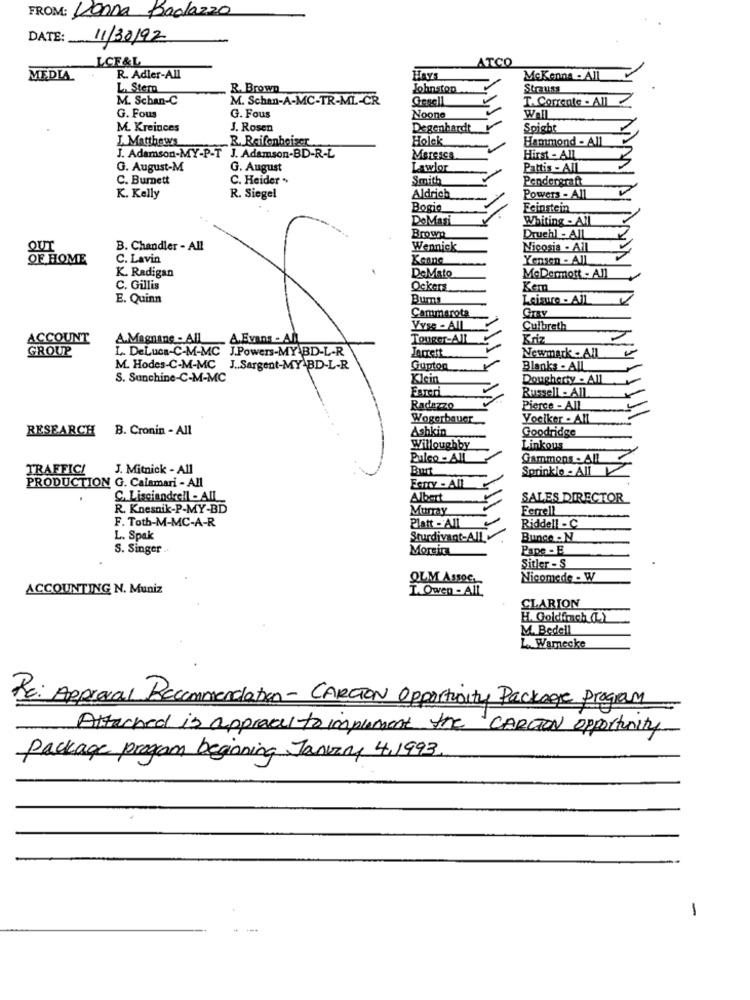
FROM: Donna Badazzo
DATE: 11/30/92
L.CF&L
ATCO
MEDIA
R. Adler-All
HAYS
McKenna - All
L. Stern
R. Brown
Johnston
Strauss
M. Schan-C
M. Schan-A-MC-TR-ML-CR
Gesell
T. Comente - All
G. Fous
G. Fous
Noone
Wall
M. Kreinces
J. Rosen
Degenhardt
Spight
I. Matthews
R. Reifenboiser
Holek
Hammond - All
J. Adamson-MY-P-T J. Adamson-BD-R-L
Maresca
Hirst - All
G. August-M
G. August
Lawlor
Pattis - All
C. Burnett
C. Heider .
Smith
Pendergraft
K. Kelly
R. Siegel
Aldrich
Powers - All
Bogie
Feinstein
DeMasi
Whiting - All
Brown
Druchl - All
OUT
B. Chandler - All
Wennick
Nicosia . All
OF HOME
C. Lavin
Yensen - All
K. Radigan
DeMato
McDermott - All
C. Gillis
Ockers
Kem
E. Quinn
Bums
Leisure - All
Cammarota
GTRY
Vys :- AIL
Culbreth
ACCOUNT
A.Magnane - AIL
A.Evans - All
Touger-AIL
Kriz
GROUP
Jarrett
Newmark . All
L. DeLuca-C-M-MC J.Powers-MY BD-L-R
M. Hodes-C-M-MC J ., Sargent-MY-BD-L-R
Gupton
Blanks - AIL
S. Sunchine-C-M-MC
Klein
Dougherty - All
EATeri
Russell - All
Radazzo
Pierce - All
Wogerbauer
Voelker - All
RESEARCH B. Cronin - All
Ashkin
Goodridge
Willoughby
Linkous
Pulco - AIL
Gammons - All
TRAFFIC!
J. Mitnick - All
Bur
Sprinkle - All
Fany - All
PRODUCTION G. Calamari - All
C. Lisciandcell - AIL
Albert
SALES DIRECTOR
R. Knesnik-P-MY-BD
Murray
Ferrell
F. Toth-M-MC-A-R
Riddell - C
Platt -All
L. Spak
Sturdivant-AIL
Bunge .N
S. Singer .
Morsica
Pape - E
Sitler - S
QLM ASSOC.
Nicomede - W
ACCOUNTING N. Muniz
I. Owen - All
CLARION
H. Goldfrach (L)
M. Bedell
L. Wamecke
RE: Approval Recommendation- CARLTON Opportunity Package Program
Attached is approval to implement the CARCION opportunity
Package program beginning January 4,1993
-